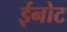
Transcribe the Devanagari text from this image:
ईनोट